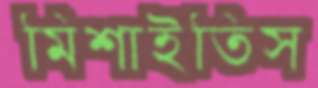
মিশাইতিস